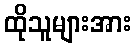
ထိုသူများအား